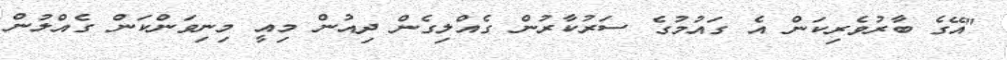
"އޭގެ ބާރުވެރިކަން އެ ގައުމުގެ ސަރުކާރުން ގެއްލިގެން ދިއުން މިއީ މިނިވަންކަން ގެއްލުން